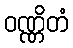
ဝဏ္ဏိတံ